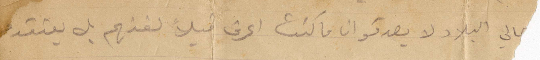
أهالي البلاد لا يصدقو ان ا كنت اعرف قبلًأ لغتهم بل يعتقدو